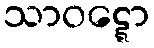
သာဝဋ္ဋော